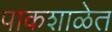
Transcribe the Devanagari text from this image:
पाकशाळेत